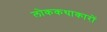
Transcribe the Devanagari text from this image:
लोककथाकारों